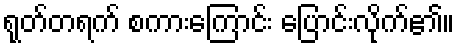
ရုတ်တရက် စကားကြောင်း ပြောင်းလိုက်၏။